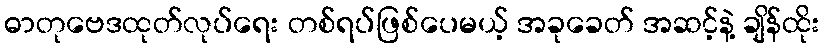
ဓာတုဗေဒထုတ်လုပ်ရေး တစ်ရပ်ဖြစ်ပေမယ့် အခုခေတ် အဆင့်နဲ့ ချိန်ထိုး